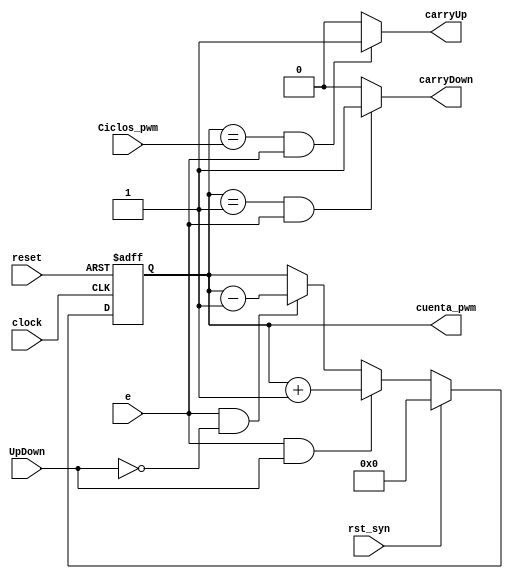
//------------------------------------------------------------------------------------------------------------------
//		Contador ascendente/descendente
//
//	Este mdulo es un contador con dos seales de reset y una para seleccionar conteo ascendente o descendente.
//	Adems, tiene seal de Carry a la salida para ambos sentidos, que para el caso del conteo hacia arriba se 
//	activar cuando la cuenta llegue a un valor establecido por medio de una entrada. 
//	Mediante un parmetro se determina la cantidad de bits que abarcar el conteo.
//	
//------------------------------------------------------------------------------------------------------------------

module CounterUpDown(reset, clock, rst_syn, e, UpDown, carryUp, carryDown, cuenta_pwm, Ciclos_pwm);
	
	parameter Ancho = 11;						//Bits de conteo
	parameter [Ancho-1:0]valor_reset = 0;	//Valor que tomar al ocurrir un reset

	input clock, reset, rst_syn, e, UpDown;	//Seales de reset, clock, sentido y habilitacin	
	input [Ancho-1:0]Ciclos_pwm; 					//Valor que establece cuando se activar el CarryUp.

	output carryUp, carryDown;						//Seales de Carry
	output reg [Ancho-1:0]cuenta_pwm;			//Conteo
	
	always @(negedge reset, posedge clock)
		if(~reset) cuenta_pwm <= valor_reset;							//Si hay reset, se restablece
		else if(rst_syn) cuenta_pwm <= valor_reset;
		else if(e & UpDown) cuenta_pwm <= cuenta_pwm + 1'b1;		//Conteo ascendente
		else if(e & ~UpDown) cuenta_pwm <= cuenta_pwm - 1'b1;		//Conteo desdencente
		
	assign carryUp = (cuenta_pwm == Ciclos_pwm && e)? 1'b1 : 1'b0;		//Carry Up
	assign carryDown = (cuenta_pwm == 1 && e)? 1'b1 : 1'b0;				//Carry Down
	
endmodule